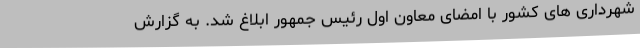
شهرداری های کشور با امضای معاون اول رئیس جمهور ابلاغ شد. به گزارش